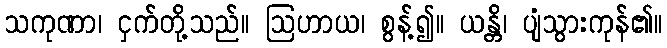
သကုဏာ၊ ငှက်တို့သည်။ ဩဟာယ၊ စွန့်၍။ ယန္တိ၊ ပျံသွားကုန်၏။